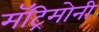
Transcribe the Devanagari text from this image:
मॅट्रिमोनी